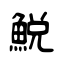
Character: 鮵